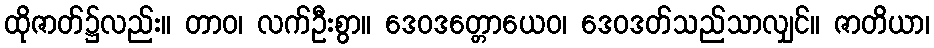
ထိုဇာတ်၌လည်း။ တာဝ၊ လက်ဦးစွာ။ ဒေဝဒတ္တောယေဝ၊ ဒေဝဒတ်သည်သာလျှင်။ ဇာတိယာ၊